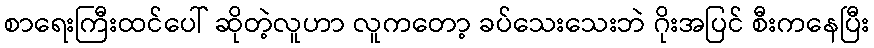
စာရေးကြီးထင်ပေါ် ဆိုတဲ့လူဟာ လူကတော့ ခပ်သေးသေးဘဲ ဂိုးအပြင် စီးကနေပြီး